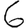
Digit: 6